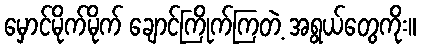
မှောင်မိုက်မိုက် ချောင်ကြိုက်ကြတဲ့ အရွယ်တွေကိုး။